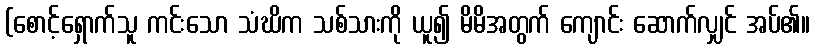
(စောင့်ရှောက်သူ ကင်းသော သံဃိက သစ်သားကို ယူ၍ မိမိအတွက် ကျောင်း ဆောက်လျှင် အပ်၏။